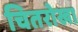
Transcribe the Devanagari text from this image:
चितरोखा